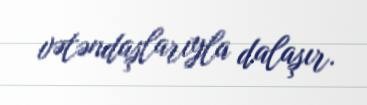
vətəndaşlarıyla dalaşır.